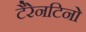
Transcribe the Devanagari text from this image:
टैरेनटिनो